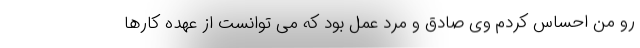
رو من احساس کردم وی صادق و مرد عمل بود که می توانست از عهده کارها